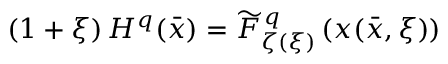
( 1 + \xi ) \, H ^ { q } ( \bar { x } ) = \widetilde { \cal F } _ { \zeta ( \xi ) } ^ { \, q } \left( x ( \bar { x } , \xi ) \right)